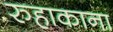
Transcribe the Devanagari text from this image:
रुहाकाना